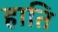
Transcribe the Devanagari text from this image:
हाति